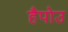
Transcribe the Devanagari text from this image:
हैपोउ